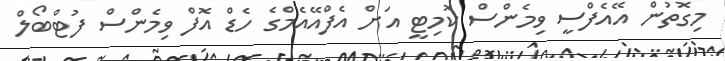
މިގޮތުން އޭއެފްސީ ވިމެންސް ކޮމިޓީ އަށް އެފްއޭއެމްގެ ހެޑް އޮފް ވިމެންސް ފުޓްބޯލް